Studies on the mouth parts a Comparative anatomy of the proboscis in the blood-sucking muscidae - Number 60
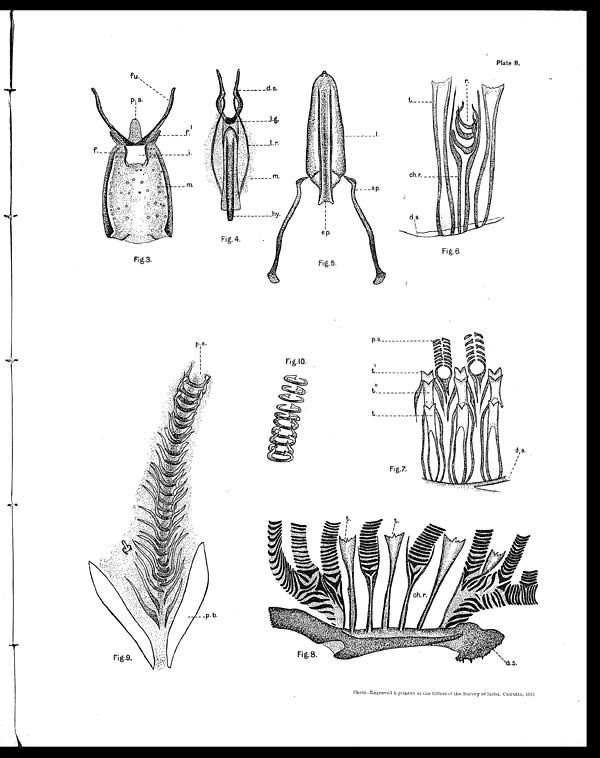
Plate II.
Fig.3.
Fig. 4.
Fig.5.
Fig.6.
Fig.7.
Fig.8.
Fig.9.
Fig.10.
P h o t o . - E n g r a v e d & p r i n t e d a t t h e O f f i c e s o f t h e S u r v e y o f I n d i a , C a l c u t t a , 1 9 1 3